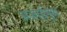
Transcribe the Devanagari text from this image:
अज़ाईमुथ